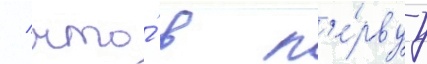
/ что́ в п'е́рвуу